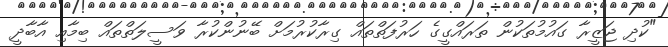
"ކުދި ޖަޒީރާ ގައުމުތަކުން ތަރައްގީގެ ހަރުފަތްތައް ގިރާކުރުމަށް ބޭނުންކުރާ ވަސީލަތްތައް ބިމާއި އާބާދީ